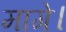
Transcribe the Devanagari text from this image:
मागे।